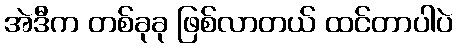
အဲဒီက တစ်ခုခု ဖြစ်လာတယ် ထင်တာပါပဲ